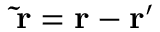
\mathbf { \tilde { r } } = \mathbf { r } - \mathbf { r ^ { \prime } }